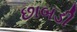
છાબડી